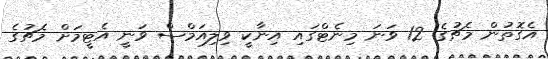
އެގޮތުން މެޗުގެ 12 ވަނަ މިނެޓްގައި އިނާކީ ވިލިއަމްސް ވަނީ އެޓީމަށް މެޗުގެ